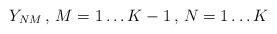
LaTeX: \begin{align*}Y_{NM} \, ,\, M=1\ldots K-1\, ,\, N=1\ldots K\end{align*}